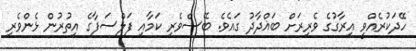
ހޭދަކުރެއްވީ އިރާގުގެ ވެރިރަށް ބަޣްދާދު ގައެވެ. ބޭސްވެރި ކަމާއި ފަލްސަފާގެ އިތުރުން ޅެންވެރި